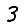
Digit: 3